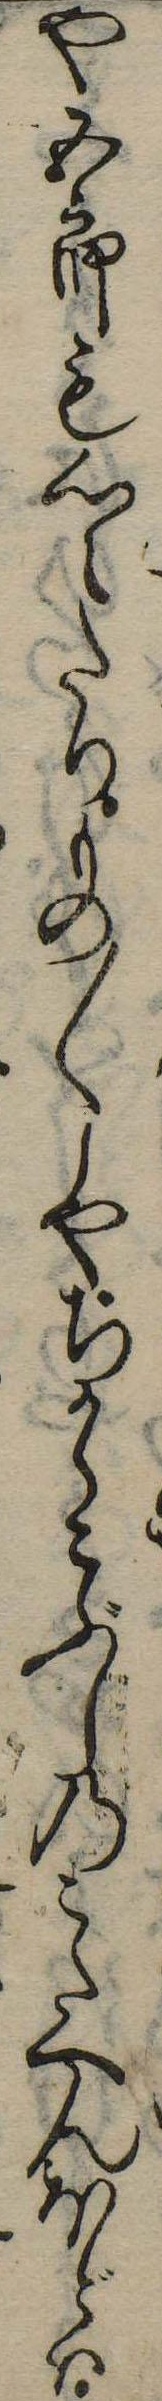
や五郎も心えたりもの〱しやちからこぶしのこたへんほどは